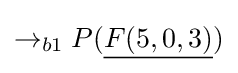
\rightarrow _{b1}P({\underline {F(5,0,3)}})